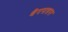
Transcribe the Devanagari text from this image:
बैगपाइपर